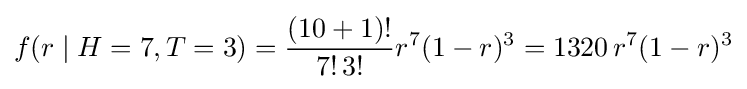
f(r\mid H=7,T=3)={\frac {(10+1)!}{7!\,3!}}r^{7}(1-r)^{3}=1320\,r^{7}(1-r)^{3}